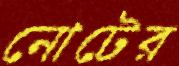
নোটের